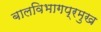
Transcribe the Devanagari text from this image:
बालविभागप्रमुख